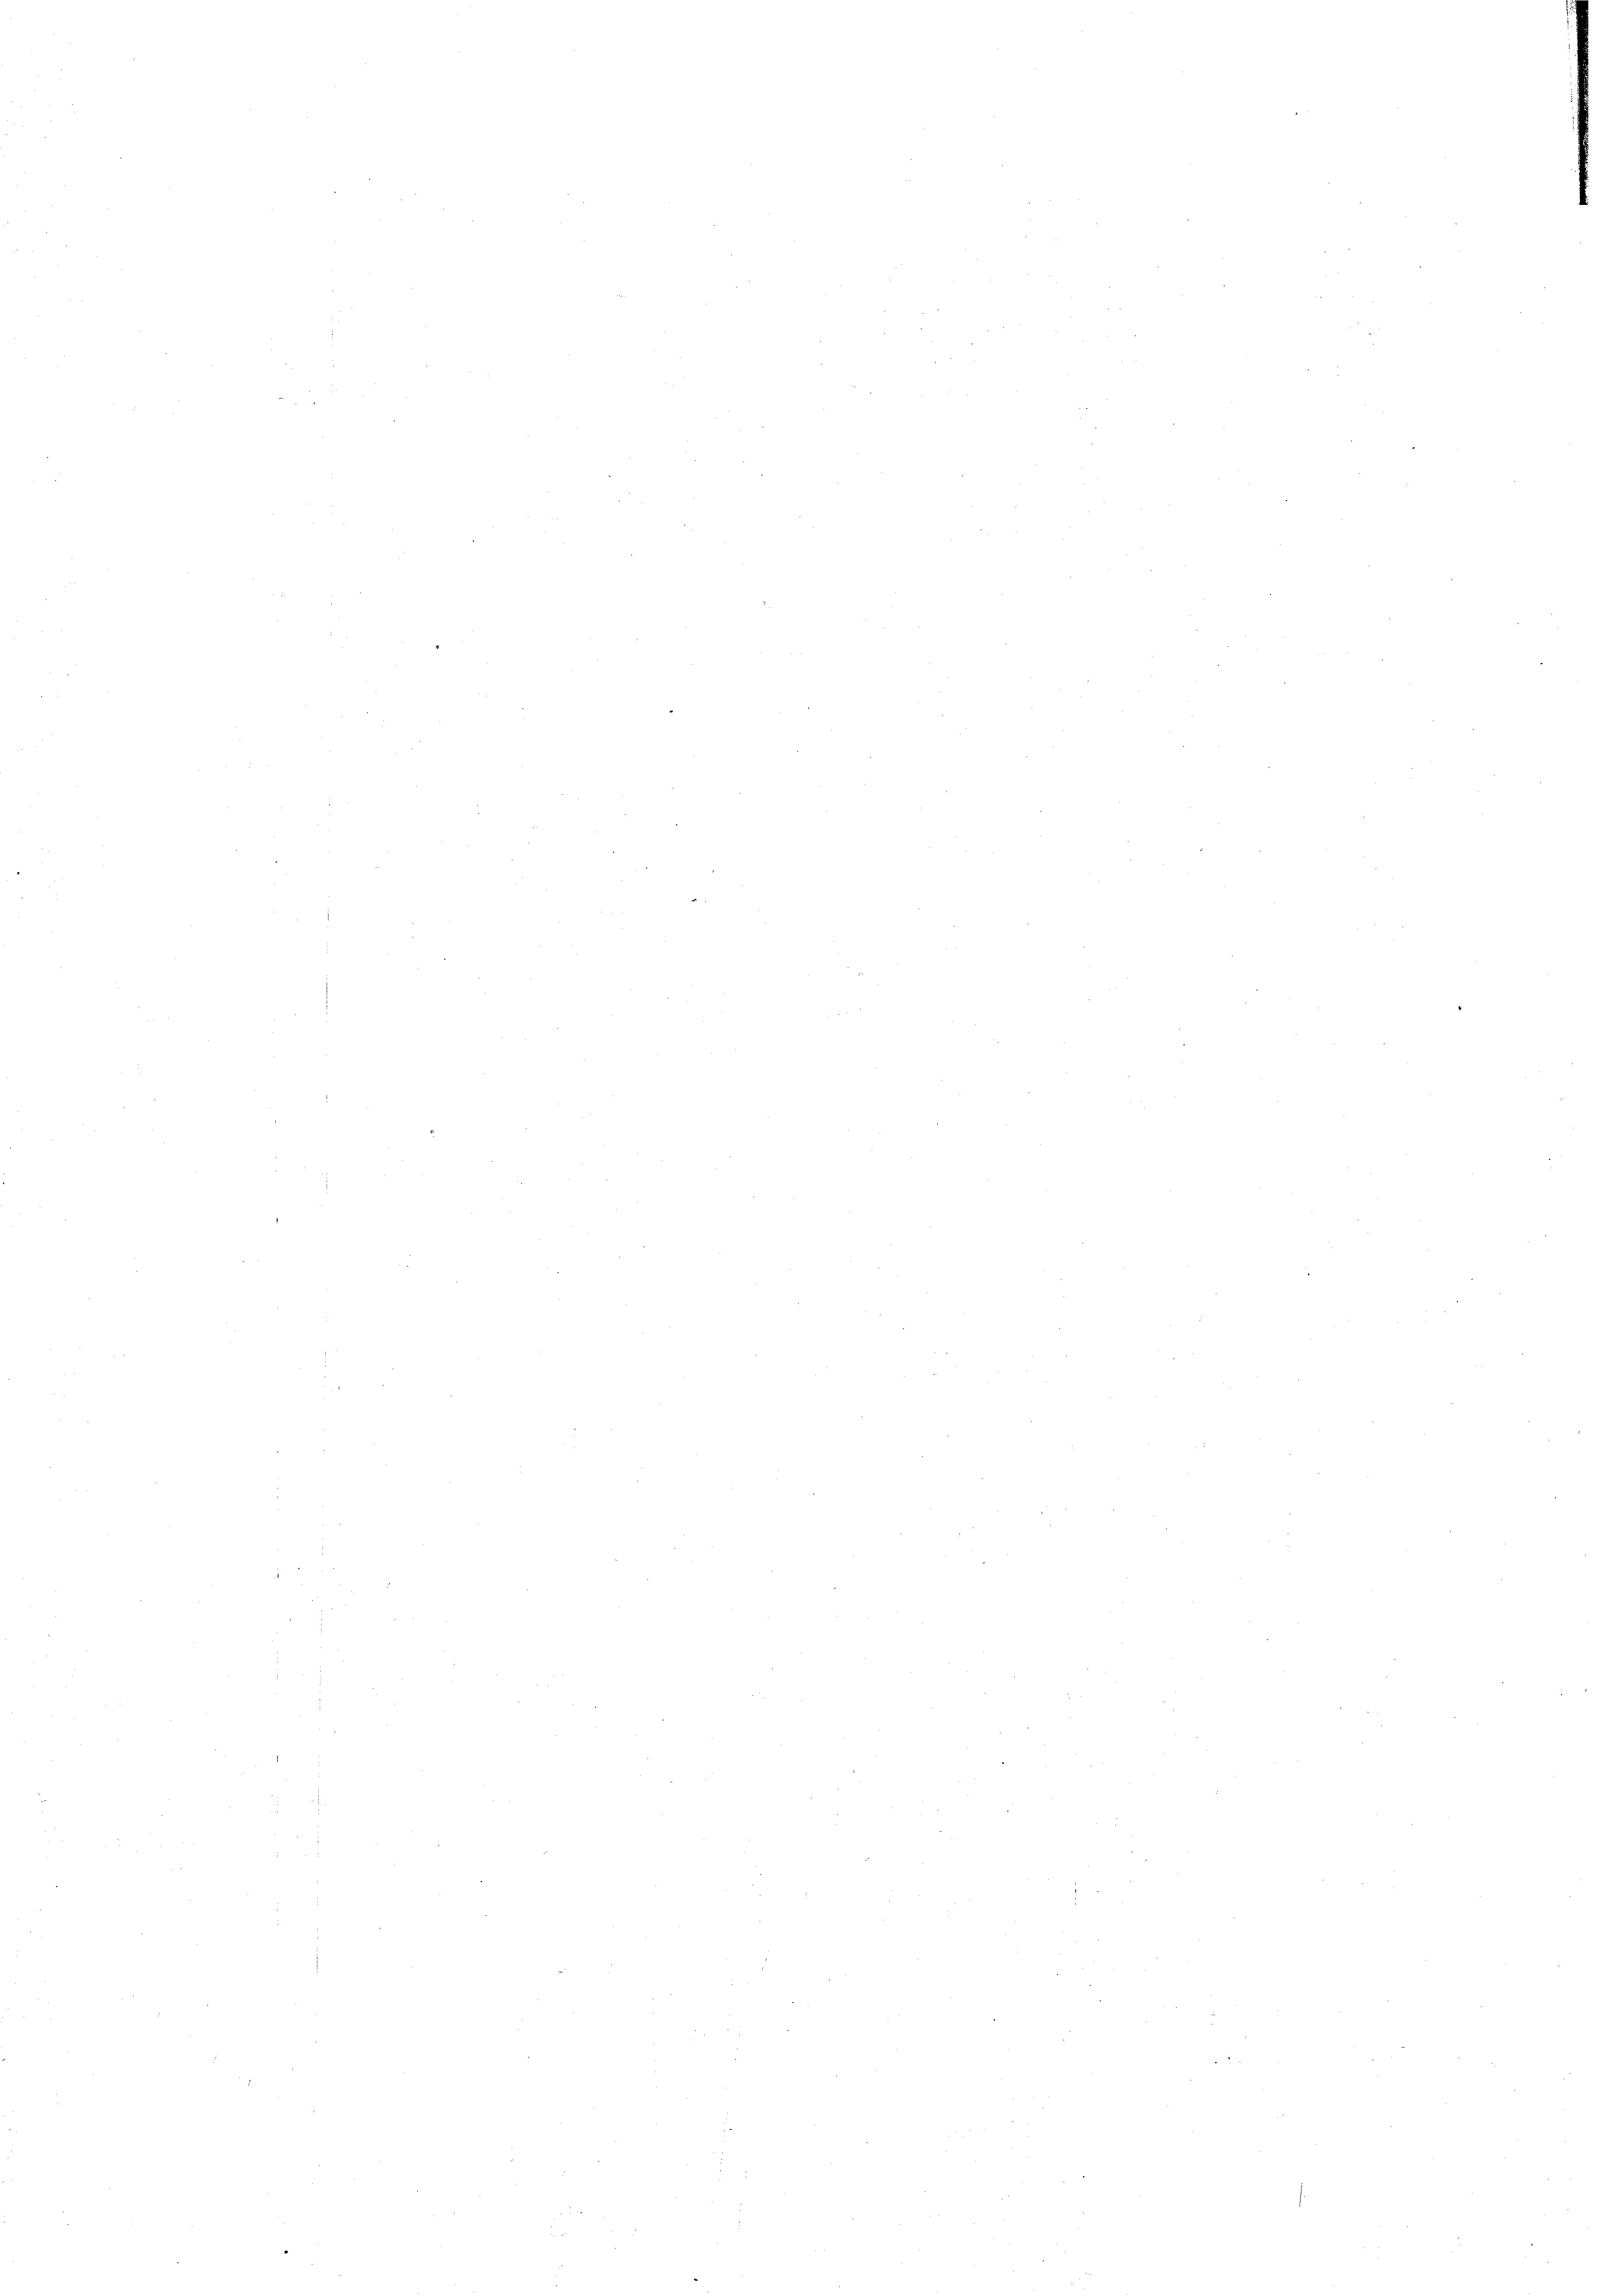
i

d

d